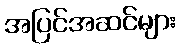
အပြင်အဆင်များ